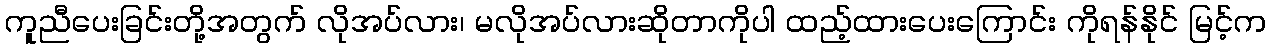
ကူညီပေးခြင်းတို့အတွက် လိုအပ်လား၊ မလိုအပ်လားဆိုတာကိုပါ ထည့်ထားပေးကြောင်း ကိုရန်နိုင် မြင့်က